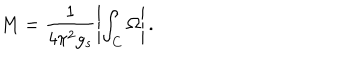
M = \frac { 1 } { 4 \pi ^ { 2 } g _ { s } } \left| \int _ { C } \Omega \right| .